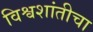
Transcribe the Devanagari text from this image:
विश्वशांतीचा